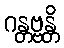
ဂန္တဗ္ဗန္တိ